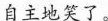
自主地笑了。